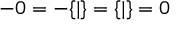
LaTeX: - 0 = - \{ | \} = \{ | \} = 0